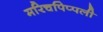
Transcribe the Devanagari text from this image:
मरिचपिप्पली